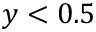
y < 0 . 5